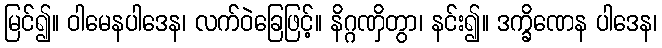
မြင်၍။ ဝါမေနပါဒေန၊ လက်ဝဲခြေဖြင့်။ နိဂ္ဂဏှိတွာ၊ နင်း၍။ ဒက္ခိဏေန ပါဒေန၊